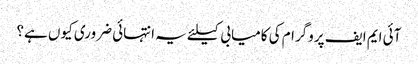
آئی ایم ایف پروگرام کی کامیابی کیلئے یہ انتہائی ضروری کیوں ہے؟